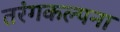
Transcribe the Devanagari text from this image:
तरंगकल्पना